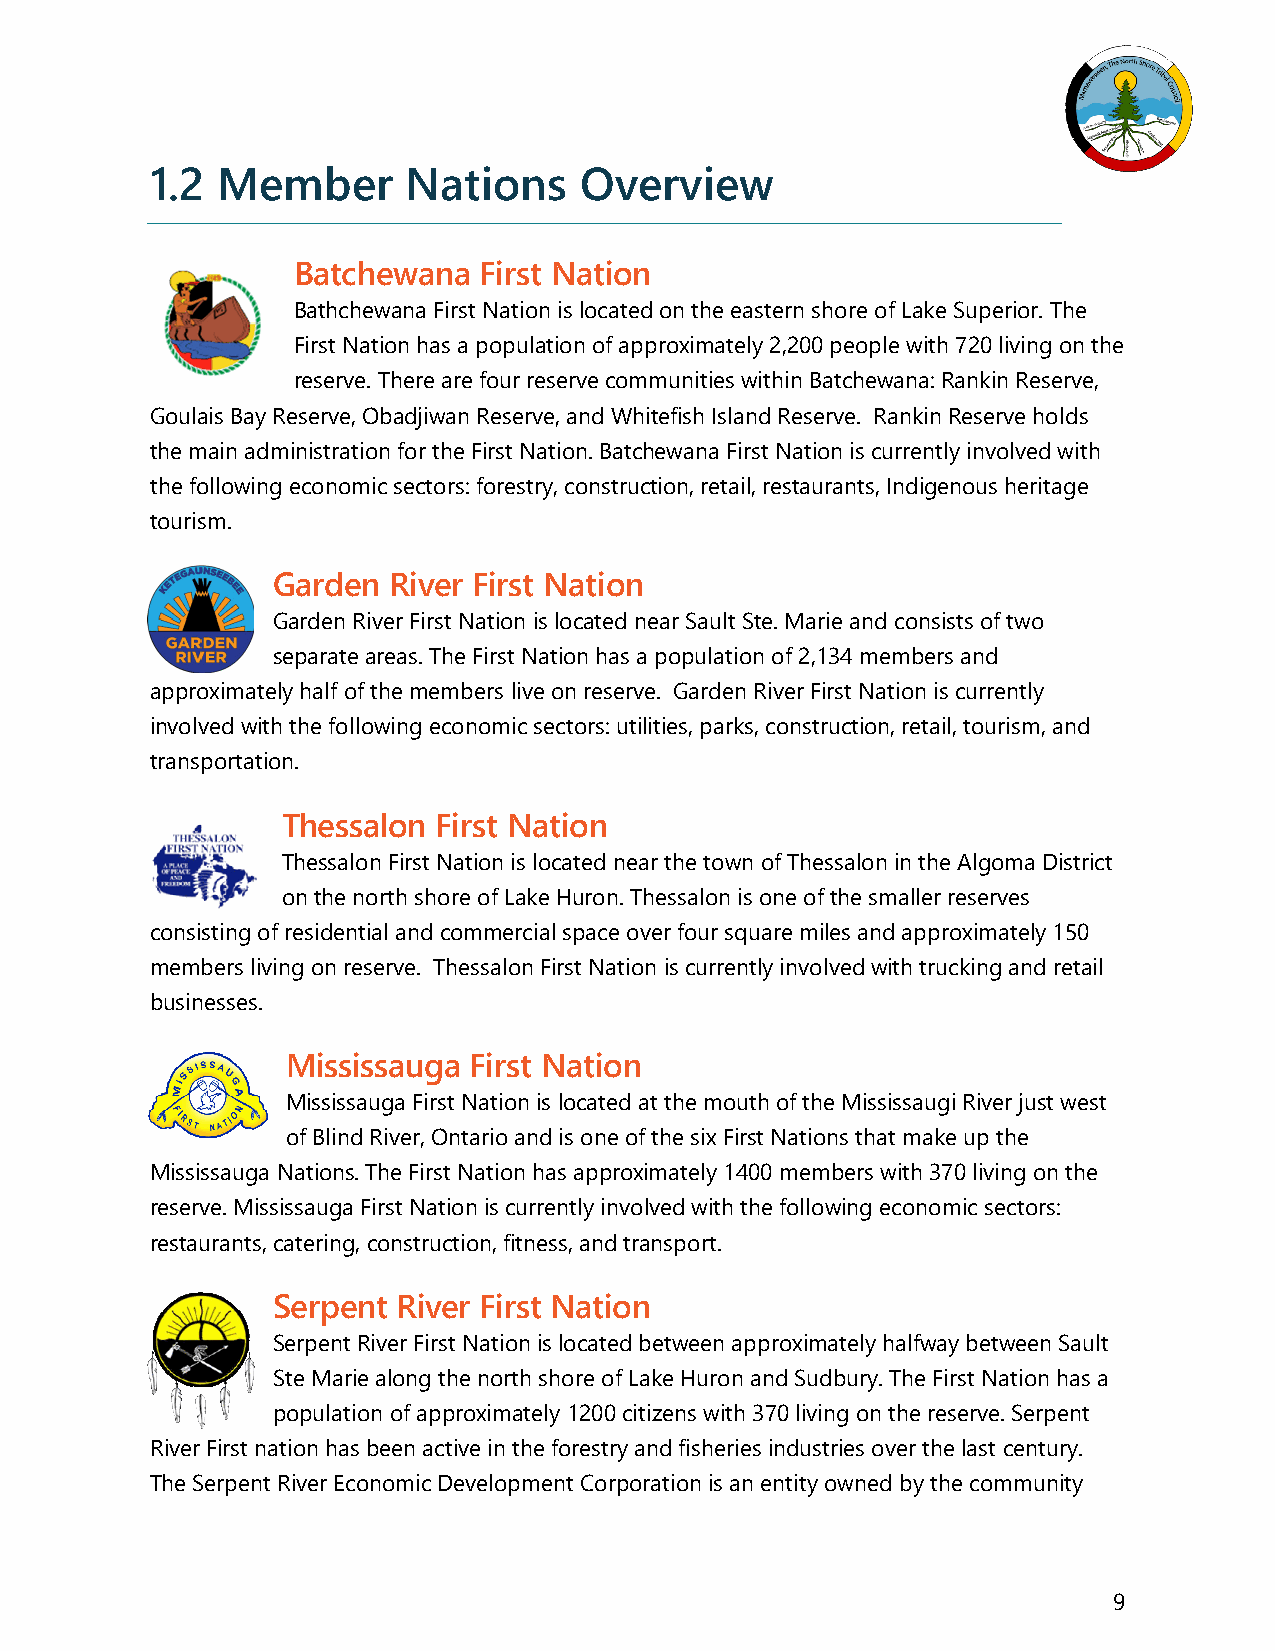
1.2 Member       Nations    Overview
 Batchewana   First Nation
 Bathchewana First Nation is located on the eastern shore of Lake Superior. The
 First Nation has a population of approximately 2,200 people with 720 living on the
 reserve. There are four reserve communities within Batchewana: Rankin Reserve,
 Goulais Bay Reserve, Obadjiwan Reserve, and Whitefish Island Reserve. Rankin Reserve holds
 the main administration for the First Nation. Batchewana First Nation is currently involved with
 the following economic sectors: forestry, construction, retail, restaurants, Indigenous heritage
 tourism.
 Garden  River First Nation
 Garden River First Nation is located near Sault Ste. Marie and consists of two
 separate areas. The First Nation has a population of 2,134 members and
 approximately half of the members live on reserve. Garden River First Nation is currently
 involved with the following economic sectors: utilities, parks, construction, retail, tourism, and
 transportation.
 Thessalon First Nation
 Thessalon First Nation is located near the town of Thessalon in the Algoma District
 on the north shore of Lake Huron. Thessalon is one of the smaller reserves
 consisting of residential and commercial space over four square miles and approximately 150
 members living on reserve. Thessalon First Nation is currently involved with trucking and retail
 businesses.
 Mississauga First Nation
 Mississauga First Nation is located at the mouth of the Mississaugi River just west
 of Blind River, Ontario and is one of the six First Nations that make up the
 Mississauga Nations. The First Nation has approximately 1400 members with 370 living on the
 reserve. Mississauga First Nation is currently involved with the following economic sectors:
 restaurants, catering, construction, fitness, and transport.
 Serpent River First Nation
 Serpent River First Nation is located between approximately halfway between Sault
 Ste Marie along the north shore of Lake Huron and Sudbury. The First Nation has a
 population of approximately 1200 citizens with 370 living on the reserve. Serpent
 River First nation has been active in the forestry and fisheries industries over the last century.
 The Serpent River Economic Development Corporation is an entity owned by the community
 9